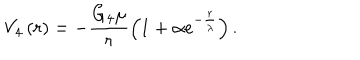
LaTeX: V _ { 4 } \left( r \right) = - \frac { G _ { 4 } \mu } { r } \left( 1 + \alpha e ^ { - \frac { r } { \lambda } } \right) .